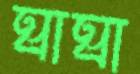
ঘাঘা